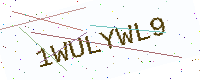
Text: 1WULYWL9